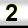
Digit: 2